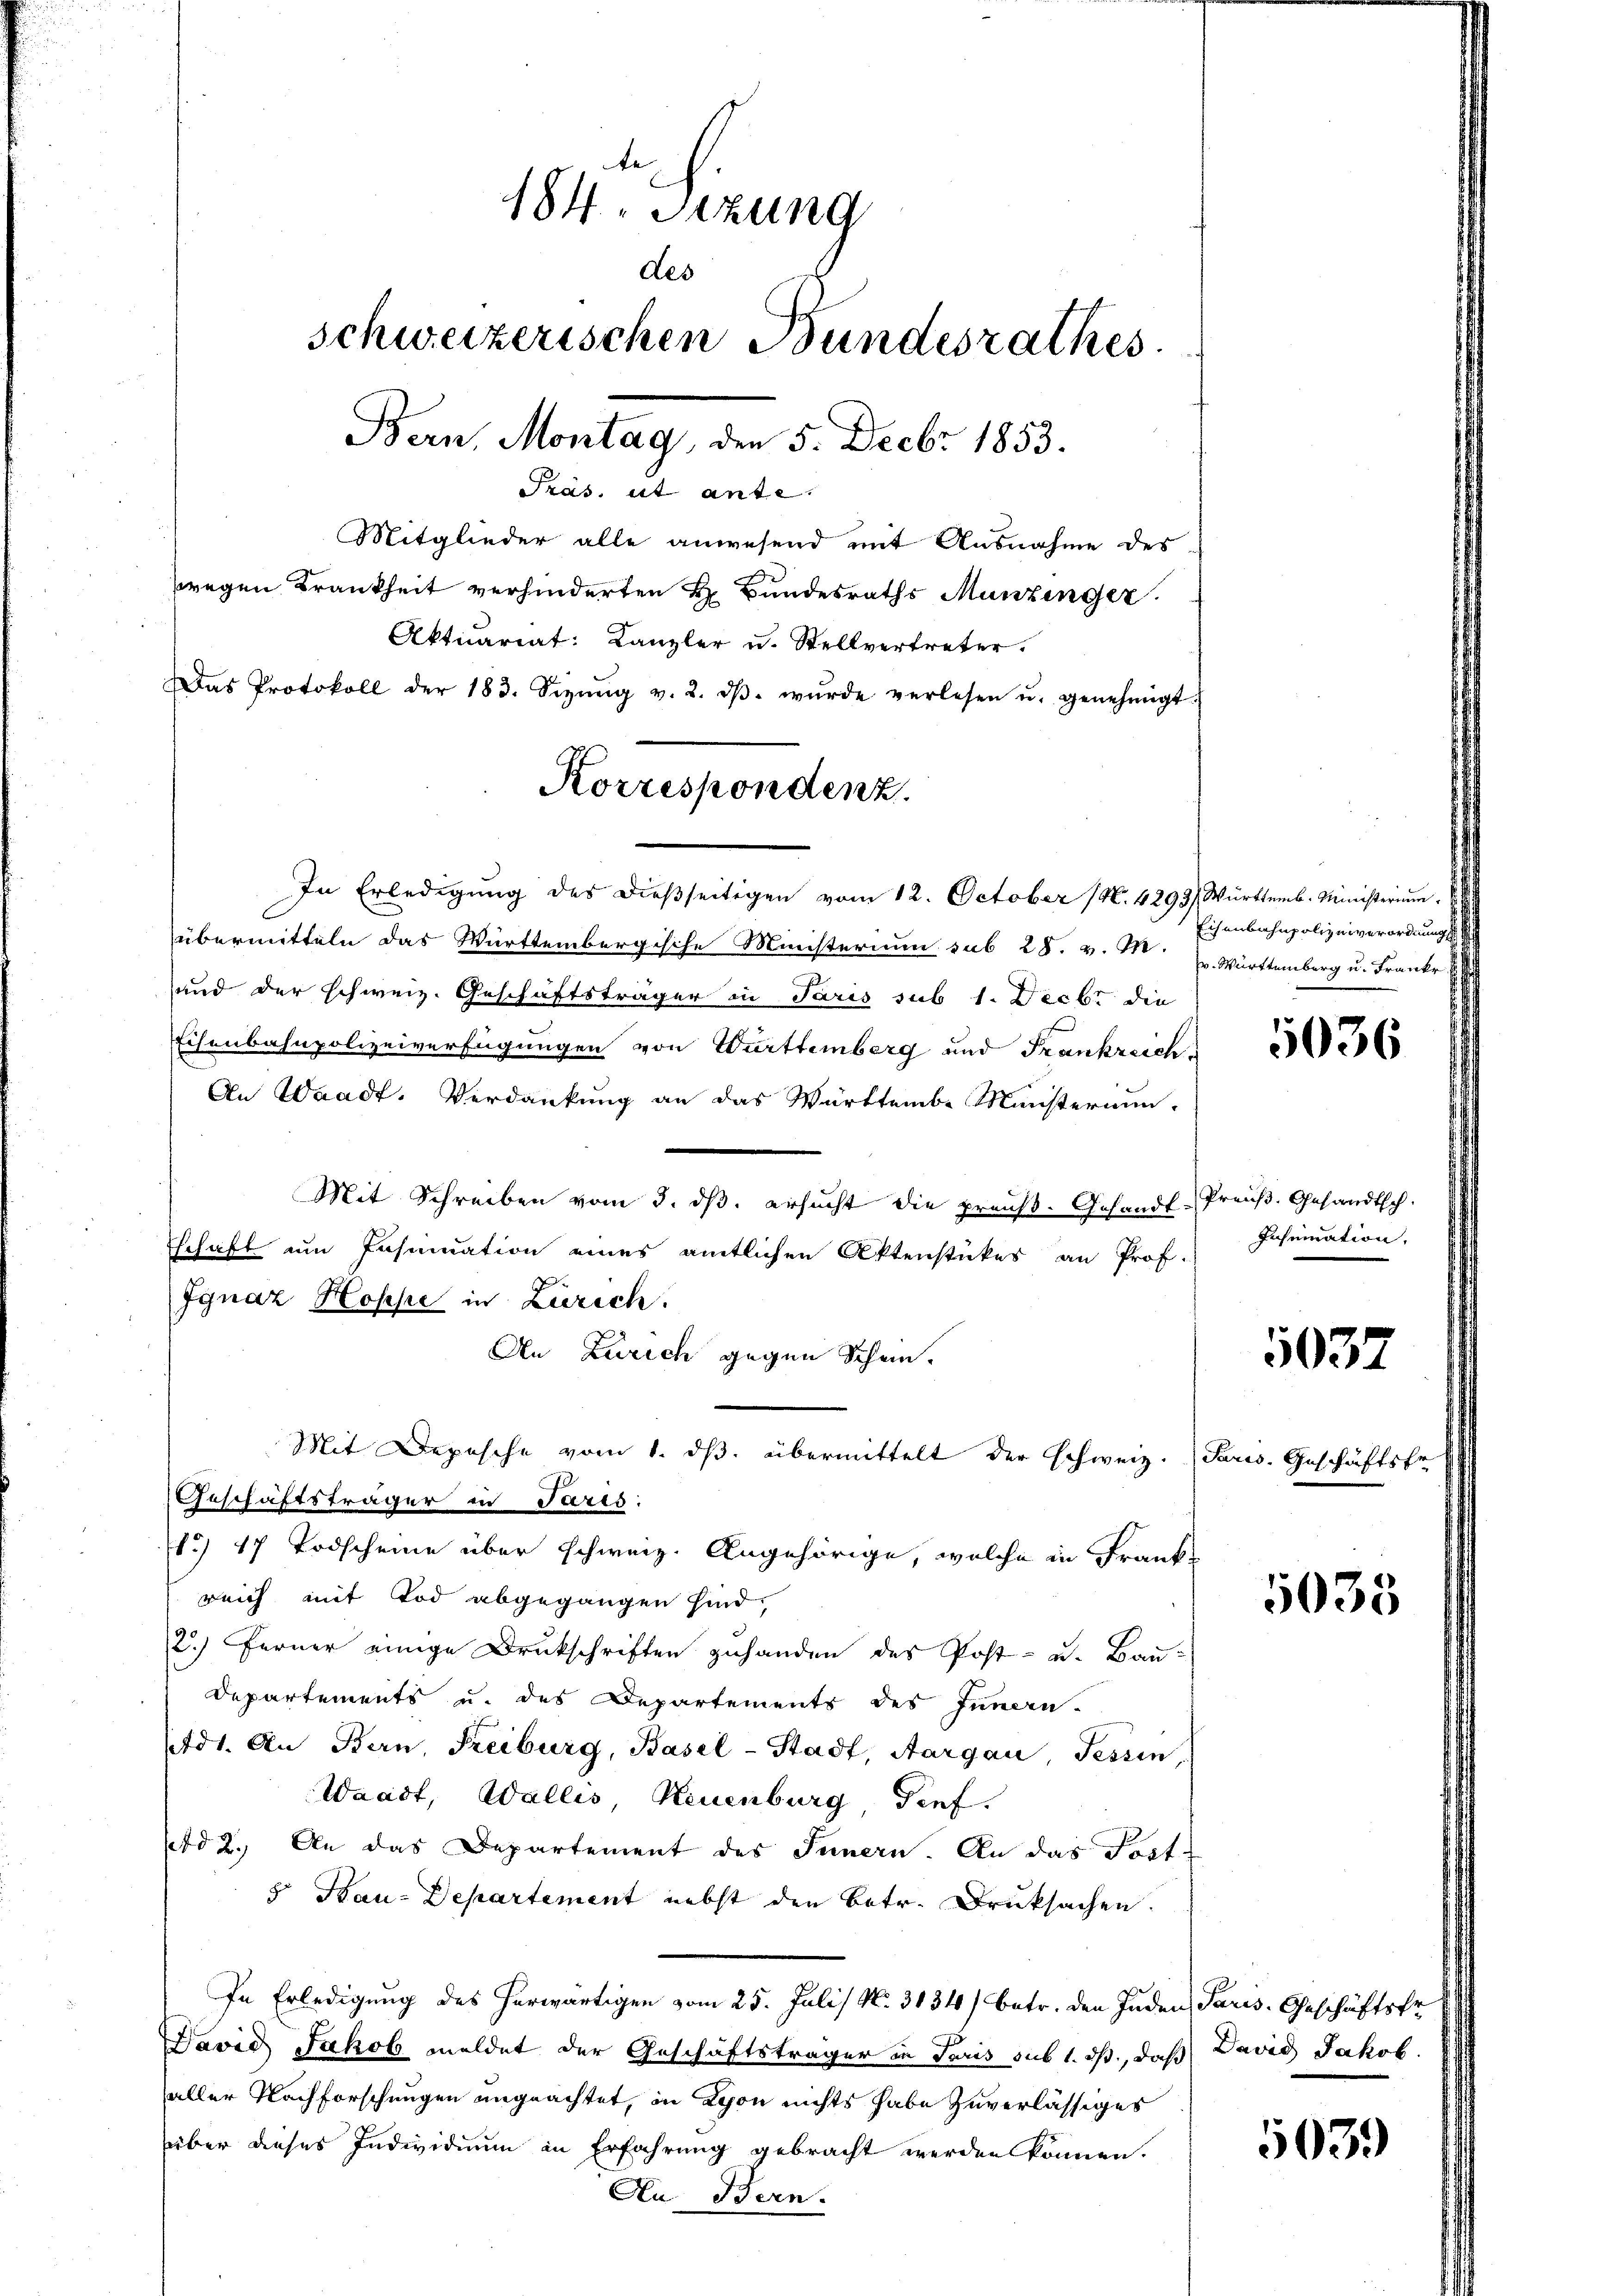
184. Sitzung
des
schweizerischen Bundesrathes.
Bern, Montag, den 5. Decbr 1853.
Pras. ut ante.
Mitglieder alle anwesend mit Ausnahme des
zwegen Krankheit verhinderten H. Bundesraths Munzinger.
Aktuariat: Kanzler u. Stellvertreter.
Das Protokoll der 183. Sizŭng v. 2. dβ. wŭrde verlesen u. genehmigt.

In Erledigung des dießseitigen vom 12. October (N. 4293/ Württemb. Ministerium

übermitteln das Württembergische Ministerium sub 28. v. M. Württemberg u. Frankr
und der schweiz. Geschäftsträger in Paris sub 1. Decbr die
Eisenbahnpolizeiverfügungen von Württemberg und Frankreich¬
An Waadt, Verdankung an das Württembe Ministerium.
Mit Schreiben vom 3. ds. ersucht die preuß. Gesandt-
schaft um Insinuation eines amtlichen Aktenstückes an Prof.
Ignaz Hospe in Zürich.
An Zürich gegen Schein.
Geschäftsträger in Paris:
1) 17 Todscheine über schweiz. Angehörige, welche in Frank
reich mit Tod abgegangen sind,
2.) Ferner einige Druckschriften zuhanden des Post- u. Bau-
Departements u. des Departements des Innen-
tdt. An Bern, Freiburg, Basel-Stadt, Aargau, Tessin,
Waadt, Wallis, Neuenburg Tief.
pd 2. An das Departement des Innern. An das Post-
5 Bau-Departement nebst den Betr. Drucksachen.
In Erledigung des herwärtigen vom 25. Juli N. 3134) betr. den Juden Paris. Geschäftskr
David Jakob meldet der Geschäftsträger in Paris sub 1. ds., daß David Jakob.
aller Nachforschungen ungeachtet, in Lyon nichts habe zuverlässiges
über dieses Individium in Erfahrung gebracht werden können.
An Bern.

Korrespondenz.

Mit Depesche vom 1. ds. übermittelt der schweiz. Parw. Geschäftsfe

Eisenbahnpolizeiverordnungs

5036

Preuß. Gesandtsch
Insumnation.

5037

5035

503.